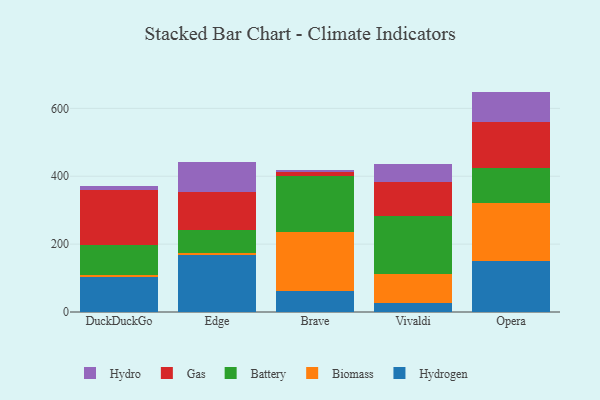
{"axis": {"x": "Browser", "y": "Production Output"}, "legend": ["Battery", "Biomass", "Gas", "Hydro", "Hydrogen"], "data": [{"x": "DuckDuckGo", "y": 101.8, "type": "Hydrogen"}, {"x": "DuckDuckGo", "y": 7.6, "type": "Biomass"}, {"x": "DuckDuckGo", "y": 87.2, "type": "Battery"}, {"x": "DuckDuckGo", "y": 163.9, "type": "Gas"}, {"x": "DuckDuckGo", "y": 12.2, "type": "Hydro"}, {"x": "Edge", "y": 168.8, "type": "Hydrogen"}, {"x": "Edge", "y": 5.7, "type": "Biomass"}, {"x": "Edge", "y": 67.0, "type": "Battery"}, {"x": "Edge", "y": 111.0, "type": "Gas"}, {"x": "Edge", "y": 90.8, "type": "Hydro"}, {"x": "Brave", "y": 61.1, "type": "Hydrogen"}, {"x": "Brave", "y": 175.3, "type": "Biomass"}, {"x": "Brave", "y": 163.7, "type": "Battery"}, {"x": "Brave", "y": 13.6, "type": "Gas"}, {"x": "Brave", "y": 5.8, "type": "Hydro"}, {"x": "Vivaldi", "y": 26.8, "type": "Hydrogen"}, {"x": "Vivaldi", "y": 86.4, "type": "Biomass"}, {"x": "Vivaldi", "y": 170.3, "type": "Battery"}, {"x": "Vivaldi", "y": 99.5, "type": "Gas"}, {"x": "Vivaldi", "y": 53.6, "type": "Hydro"}, {"x": "Opera", "y": 148.9, "type": "Hydrogen"}, {"x": "Opera", "y": 171.2, "type": "Biomass"}, {"x": "Opera", "y": 105.3, "type": "Battery"}, {"x": "Opera", "y": 133.6, "type": "Gas"}, {"x": "Opera", "y": 90.4, "type": "Hydro"}]}